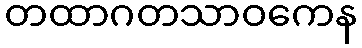
တထာဂတသာဝကေန